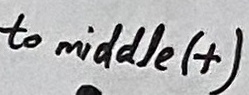
Text: to middle (+)